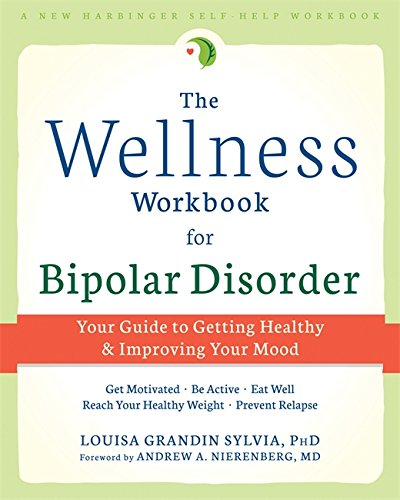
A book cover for The Wellness Workbook for Bipolar Disorder: Your Guide to Getting Healthy and Improving Your Mood; Louisa Grandin Sylvia PhD; Health, Fitness & Dieting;